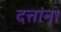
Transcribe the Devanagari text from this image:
दत्तांना